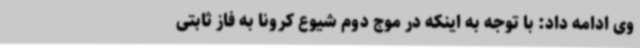
وی ادامه داد: با توجه به اینکه در موج دوم شیوع کرونا به فاز ثابتی